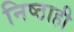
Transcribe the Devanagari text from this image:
निष्ठाही